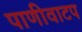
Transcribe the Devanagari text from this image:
पाणीवाटप